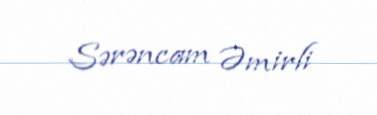
Sərəncam Əmirli